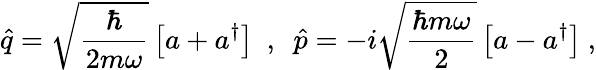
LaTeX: \hat{q}=\sqrt{\frac{\hbar}{2m\omega}}\left[a+a^{\dagger}\right]\ \ ,\ \ \hat{p}=-i\sqrt{\frac{\hbar m\omega}{2}}\left[a-a^{\dagger}\right]\ ,